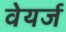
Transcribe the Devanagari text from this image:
वेयर्ज